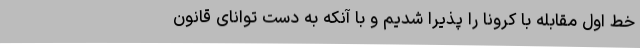
خط اول مقابله با کرونا را پذیرا شدیم و با آنکه به دست توانای قانون